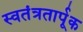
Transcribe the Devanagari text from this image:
स्वतंत्रतार्पूक